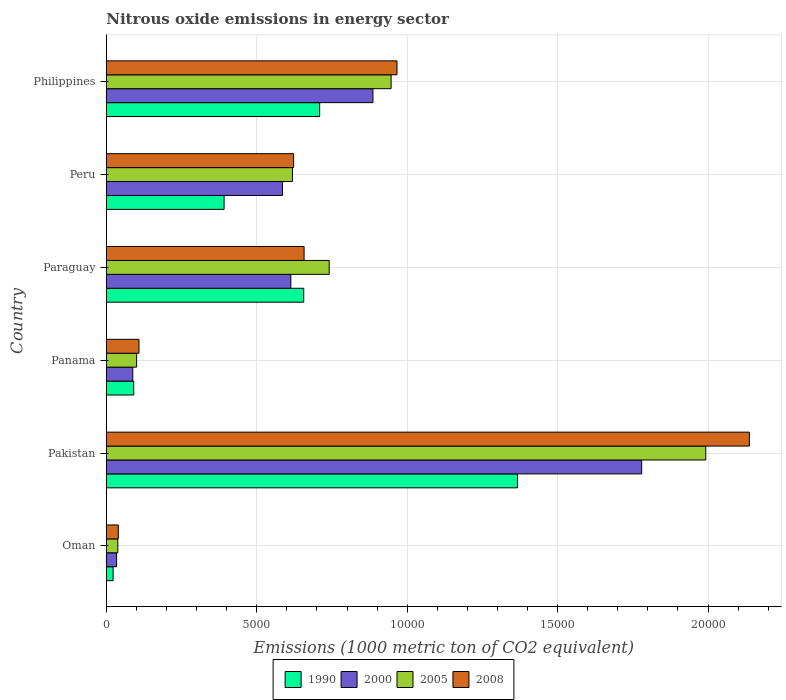
| Country | 1990 | 2000 | 2005 | 2008 |
 | --- | --- | --- | --- | --- |
 | Oman | 225 | 340 | 381 | 397 |
 | Pakistan | 1.37e+04 | 1.78e+04 | 1.99e+04 | 2.14e+04 |
 | Panama | 910 | 878 | 1.01e+03 | 1.08e+03 |
 | Paraguay | 6.56e+03 | 6.13e+03 | 7.41e+03 | 6.57e+03 |
 | Peru | 3.91e+03 | 5.85e+03 | 6.19e+03 | 6.22e+03 |
 | Philippines | 7.09e+03 | 8.86e+03 | 9.47e+03 | 9.66e+03 |